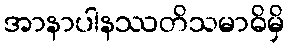
အာနာပါနဿတိသမာဓိမှိ